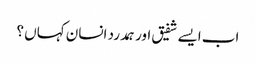
اب ایسے شفیق اور ہمدرد انسان کہاں ؟